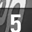
Digit: 5